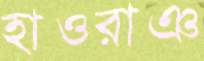
হাওরাঞ